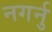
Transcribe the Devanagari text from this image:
नगर्नु